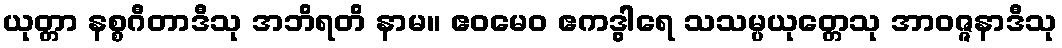
ယုတ္တာ နစ္စဂီတာဒီသု အဘိရတိ နာမ။ ဧဝမေဝ ဧကဒွါရေ သသမ္ပယုတ္တေသု အာဝဇ္ဇနာဒီသု